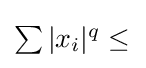
\textstyle \sum |x_{i}|^{q}\leq {}\!